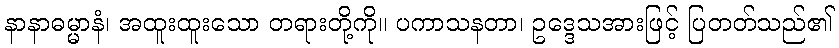
နာနာဓမ္မာနံ၊ အထူးထူးသော တရားတို့ကို။ ပကာသနတာ၊ ဥဒ္ဒေသအားဖြင့် ပြတတ်သည်၏